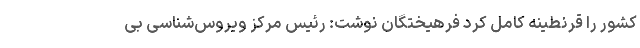
کشور را قرنطینه کامل کرد فرهیختگان نوشت: رئیس مرکز ویروس‌شناسی بی